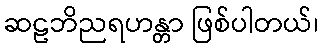
ဆဠဘိညရဟန္တာ ဖြစ်ပါတယ်၊